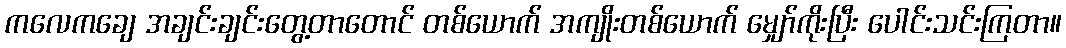
ကလေကချေ အချင်းချင်းတွေ့တာတောင် တစ်ယောက် အကျိုးတစ်ယောက် မျှော်ကိုးပြီး ပေါင်းသင်းကြတာ။